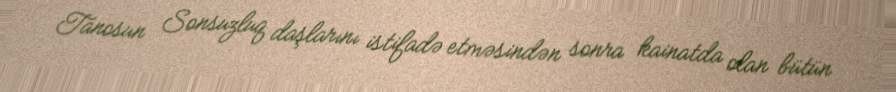
Tanosun Sonsuzluq daşlarını istifadə etməsindən sonra kainatda olan bütün